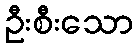
ဦးစီးသော